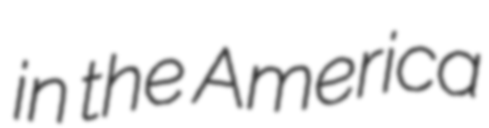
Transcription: in the America